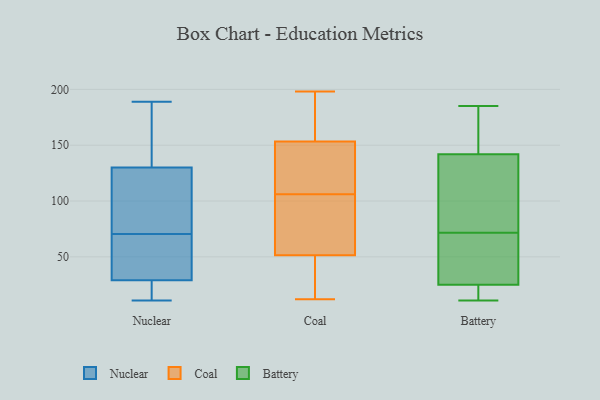
{"axis": {"x": "Tickets Resolved", "y": "Value"}, "legend": ["Battery", "Coal", "Nuclear"], "data": [{"x": "", "y": 25, "type": "Nuclear"}, {"x": "", "y": 119, "type": "Nuclear"}, {"x": "", "y": 130, "type": "Nuclear"}, {"x": "", "y": 176, "type": "Nuclear"}, {"x": "", "y": 39, "type": "Nuclear"}, {"x": "", "y": 68, "type": "Nuclear"}, {"x": "", "y": 189, "type": "Nuclear"}, {"x": "", "y": 11, "type": "Nuclear"}, {"x": "", "y": 73, "type": "Nuclear"}, {"x": "", "y": 29, "type": "Nuclear"}, {"x": "", "y": 84, "type": "Coal"}, {"x": "", "y": 46, "type": "Coal"}, {"x": "", "y": 106, "type": "Coal"}, {"x": "", "y": 184, "type": "Coal"}, {"x": "", "y": 190, "type": "Coal"}, {"x": "", "y": 123, "type": "Coal"}, {"x": "", "y": 53, "type": "Coal"}, {"x": "", "y": 198, "type": "Coal"}, {"x": "", "y": 84, "type": "Coal"}, {"x": "", "y": 192, "type": "Coal"}, {"x": "", "y": 16, "type": "Coal"}, {"x": "", "y": 12, "type": "Coal"}, {"x": "", "y": 72, "type": "Coal"}, {"x": "", "y": 143, "type": "Coal"}, {"x": "", "y": 138, "type": "Coal"}, {"x": "", "y": 47, "type": "Coal"}, {"x": "", "y": 111, "type": "Coal"}, {"x": "", "y": 12, "type": "Battery"}, {"x": "", "y": 101, "type": "Battery"}, {"x": "", "y": 33, "type": "Battery"}, {"x": "", "y": 125, "type": "Battery"}, {"x": "", "y": 185, "type": "Battery"}, {"x": "", "y": 162, "type": "Battery"}, {"x": "", "y": 11, "type": "Battery"}, {"x": "", "y": 42, "type": "Battery"}, {"x": "", "y": 25, "type": "Battery"}, {"x": "", "y": 142, "type": "Battery"}]}